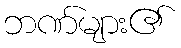
ဘဏ်များ၏